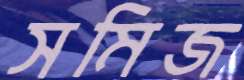
সমিজ